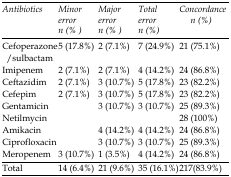
<table><thead><tr><td><b>Antibiotics</b></td><td><b>Minor error n (%)</b></td><td><b>Major error n (%)</b></td><td><b>Total error n (%)</b></td><td><b>Concordance n (%)</b></td></tr></thead><tbody><tr><td>Cefoperazone/sulbactam</td><td>5 (17.8%)</td><td>2 (7.1%)</td><td>7 (24.9%)</td><td>21 (75.1%)</td></tr><tr><td>Imipenem</td><td>2 (7.1%)</td><td>2 (7.1%)</td><td>4 (14.2%)</td><td>24 (86.8%)</td></tr><tr><td>Ceftazidim</td><td>2 (7.1%)</td><td>3 (10.7%)</td><td>5 (17.8%)</td><td>23 (82.2%)</td></tr><tr><td>Cefepim</td><td>2 (7.1%)</td><td>3 (10.7%)</td><td>5 (17.8%)</td><td>23 (82.2%)</td></tr><tr><td>Gentamicin</td><td></td><td>3 (10.7%)</td><td>3 (10.7%)</td><td>25 (89.3%)</td></tr><tr><td>Netilmycin</td><td></td><td></td><td></td><td>28 (100%)</td></tr><tr><td>Amikacin</td><td></td><td>4 (14.2%)</td><td>4 (14.2%)</td><td>24 (86.8%)</td></tr><tr><td>Ciprofloxacin</td><td></td><td>3 (10.7%)</td><td>3 (10.7%)</td><td>25 (89.3%)</td></tr><tr><td>Meropenem</td><td>3 (10.7%)</td><td>1 (3.5%)</td><td>4 (14.2%)</td><td>24 (86.8%)</td></tr><tr><td>Total</td><td>14 (6.4%)</td><td>21 (9.6%)</td><td>35 (16.1%)</td><td>217(83.9%)</td></tr></tbody></table>